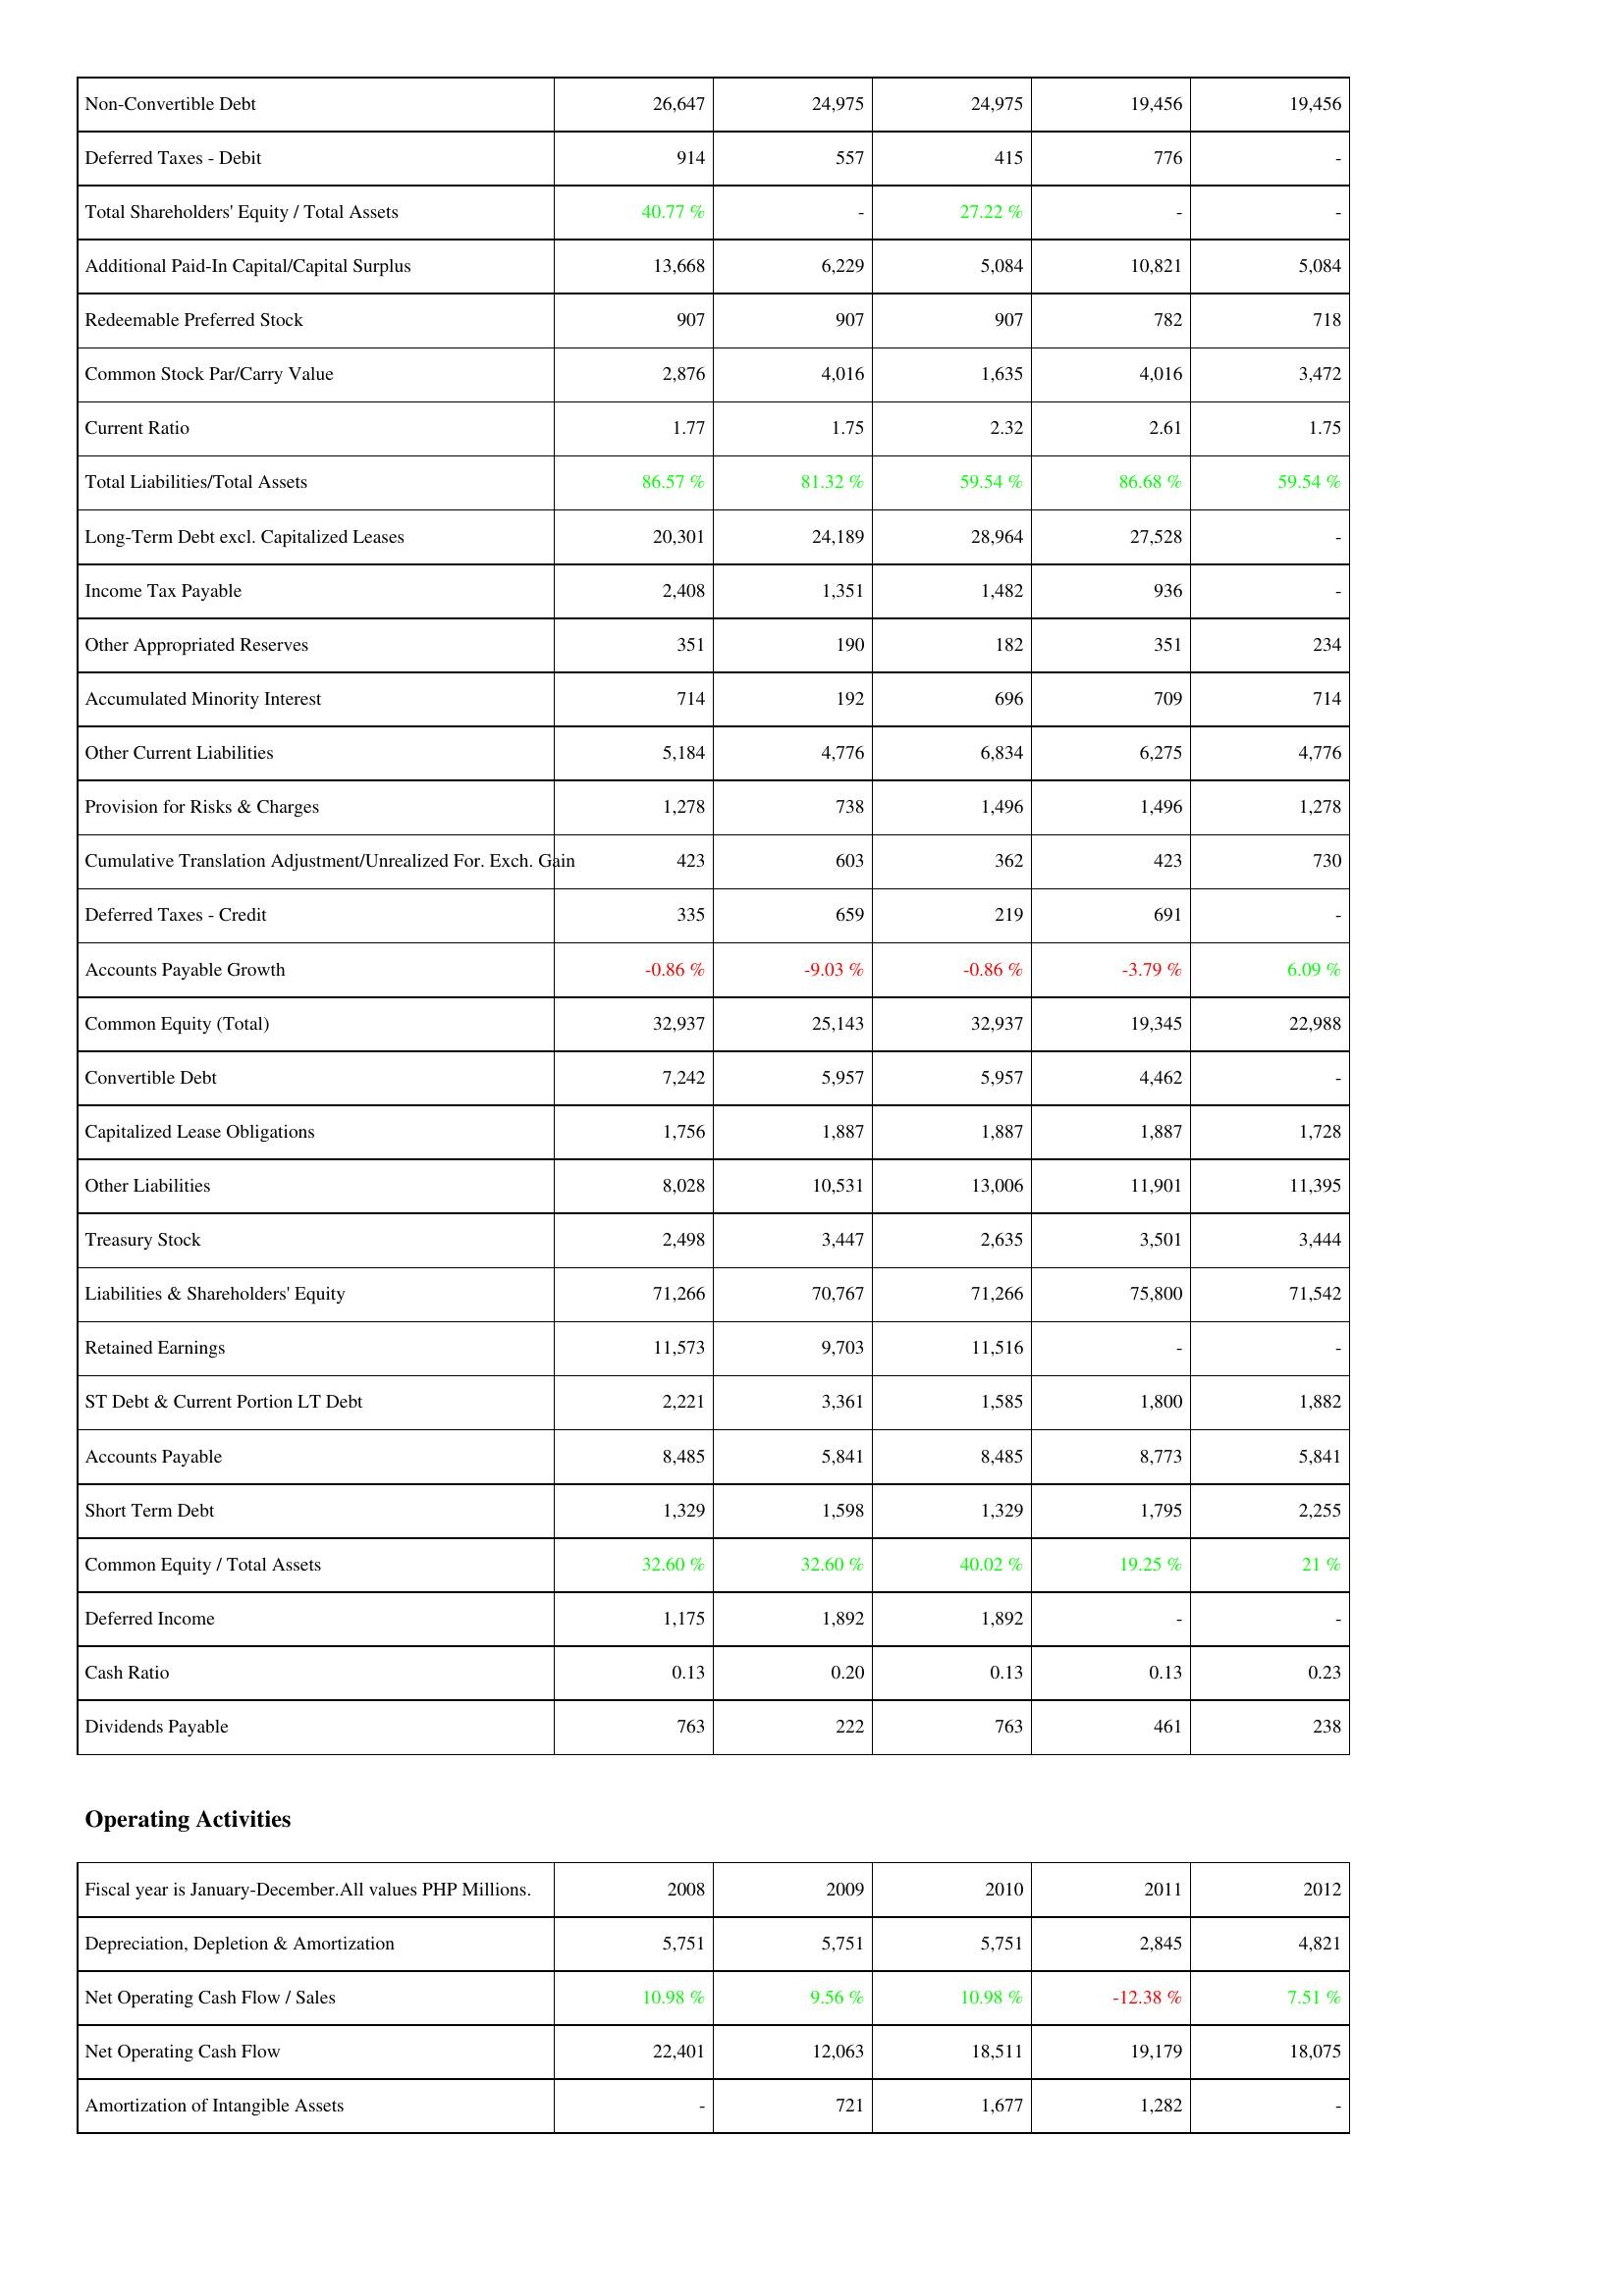
2008: Liabilities & Shareholders' Equity: Non-Convertible Debt: 26,647
Deferred Taxes - Debit: 914
Total Shareholders' Equity / Total Assets: 40.77 %
Additional Paid-In Capital/Capital Surplus: 13,668
Redeemable Preferred Stock: 907
Common Stock Par/Carry Value: 2,876
Current Ratio: 1.77
Total Liabilities/Total Assets: 86.57 %
Long-Term Debt excl. Capitalized Leases: 20,301
Income Tax Payable: 2,408
Other Appropriated Reserves: 351
Accumulated Minority Interest: 714
Other Current Liabilities: 5,184
Provision for Risks & Charges: 1,278
Cumulative Translation Adjustment/Unrealized For. Exch. Gain: 423
Deferred Taxes - Credit: 335
Accounts Payable Growth: -0.86 %
Common Equity (Total): 32,937
Convertible Debt: 7,242
Capitalized Lease Obligations: 1,756
Other Liabilities: 8,028
Treasury Stock: 2,498
Liabilities & Shareholders' Equity: 71,266
Retained Earnings: 11,573
ST Debt & Current Portion LT Debt: 2,221
Accounts Payable: 8,485
Short Term Debt: 1,329
Common Equity / Total Assets: 32.60 %
Deferred Income: 1,175
Cash Ratio: 0.13
Dividends Payable: 763
Operating Activities: Depreciation, Depletion & Amortization: 5,751
Net Operating Cash Flow / Sales: 10.98 %
Net Operating Cash Flow: 22,401
Amortization of Intangible Assets: -
2009: Liabilities & Shareholders' Equity: Non-Convertible Debt: 24,975
Deferred Taxes - Debit: 557
Total Shareholders' Equity / Total Assets: -
Additional Paid-In Capital/Capital Surplus: 6,229
Redeemable Preferred Stock: 907
Common Stock Par/Carry Value: 4,016
Current Ratio: 1.75
Total Liabilities/Total Assets: 81.32 %
Long-Term Debt excl. Capitalized Leases: 24,189
Income Tax Payable: 1,351
Other Appropriated Reserves: 190
Accumulated Minority Interest: 192
Other Current Liabilities: 4,776
Provision for Risks & Charges: 738
Cumulative Translation Adjustment/Unrealized For. Exch. Gain: 603
Deferred Taxes - Credit: 659
Accounts Payable Growth: -9.03 %
Common Equity (Total): 25,143
Convertible Debt: 5,957
Capitalized Lease Obligations: 1,887
Other Liabilities: 10,531
Treasury Stock: 3,447
Liabilities & Shareholders' Equity: 70,767
Retained Earnings: 9,703
ST Debt & Current Portion LT Debt: 3,361
Accounts Payable: 5,841
Short Term Debt: 1,598
Common Equity / Total Assets: 32.60 %
Deferred Income: 1,892
Cash Ratio: 0.20
Dividends Payable: 222
Operating Activities: Depreciation, Depletion & Amortization: 5,751
Net Operating Cash Flow / Sales: 9.56 %
Net Operating Cash Flow: 12,063
Amortization of Intangible Assets: 721
2010: Liabilities & Shareholders' Equity: Non-Convertible Debt: 24,975
Deferred Taxes - Debit: 415
Total Shareholders' Equity / Total Assets: 27.22 %
Additional Paid-In Capital/Capital Surplus: 5,084
Redeemable Preferred Stock: 907
Common Stock Par/Carry Value: 1,635
Current Ratio: 2.32
Total Liabilities/Total Assets: 59.54 %
Long-Term Debt excl. Capitalized Leases: 28,964
Income Tax Payable: 1,482
Other Appropriated Reserves: 182
Accumulated Minority Interest: 696
Other Current Liabilities: 6,834
Provision for Risks & Charges: 1,496
Cumulative Translation Adjustment/Unrealized For. Exch. Gain: 362
Deferred Taxes - Credit: 219
Accounts Payable Growth: -0.86 %
Common Equity (Total): 32,937
Convertible Debt: 5,957
Capitalized Lease Obligations: 1,887
Other Liabilities: 13,006
Treasury Stock: 2,635
Liabilities & Shareholders' Equity: 71,266
Retained Earnings: 11,516
ST Debt & Current Portion LT Debt: 1,585
Accounts Payable: 8,485
Short Term Debt: 1,329
Common Equity / Total Assets: 40.02 %
Deferred Income: 1,892
Cash Ratio: 0.13
Dividends Payable: 763
Operating Activities: Depreciation, Depletion & Amortization: 5,751
Net Operating Cash Flow / Sales: 10.98 %
Net Operating Cash Flow: 18,511
Amortization of Intangible Assets: 1,677
2011: Liabilities & Shareholders' Equity: Non-Convertible Debt: 19,456
Deferred Taxes - Debit: 776
Total Shareholders' Equity / Total Assets: -
Additional Paid-In Capital/Capital Surplus: 10,821
Redeemable Preferred Stock: 782
Common Stock Par/Carry Value: 4,016
Current Ratio: 2.61
Total Liabilities/Total Assets: 86.68 %
Long-Term Debt excl. Capitalized Leases: 27,528
Income Tax Payable: 936
Other Appropriated Reserves: 351
Accumulated Minority Interest: 709
Other Current Liabilities: 6,275
Provision for Risks & Charges: 1,496
Cumulative Translation Adjustment/Unrealized For. Exch. Gain: 423
Deferred Taxes - Credit: 691
Accounts Payable Growth: -3.79 %
Common Equity (Total): 19,345
Convertible Debt: 4,462
Capitalized Lease Obligations: 1,887
Other Liabilities: 11,901
Treasury Stock: 3,501
Liabilities & Shareholders' Equity: 75,800
Retained Earnings: -
ST Debt & Current Portion LT Debt: 1,800
Accounts Payable: 8,773
Short Term Debt: 1,795
Common Equity / Total Assets: 19.25 %
Deferred Income: -
Cash Ratio: 0.13
Dividends Payable: 461
Operating Activities: Depreciation, Depletion & Amortization: 2,845
Net Operating Cash Flow / Sales: -12.38 %
Net Operating Cash Flow: 19,179
Amortization of Intangible Assets: 1,282
2012: Liabilities & Shareholders' Equity: Non-Convertible Debt: 19,456
Deferred Taxes - Debit: -
Total Shareholders' Equity / Total Assets: -
Additional Paid-In Capital/Capital Surplus: 5,084
Redeemable Preferred Stock: 718
Common Stock Par/Carry Value: 3,472
Current Ratio: 1.75
Total Liabilities/Total Assets: 59.54 %
Long-Term Debt excl. Capitalized Leases: -
Income Tax Payable: -
Other Appropriated Reserves: 234
Accumulated Minority Interest: 714
Other Current Liabilities: 4,776
Provision for Risks & Charges: 1,278
Cumulative Translation Adjustment/Unrealized For. Exch. Gain: 730
Deferred Taxes - Credit: -
Accounts Payable Growth: 6.09 %
Common Equity (Total): 22,988
Convertible Debt: -
Capitalized Lease Obligations: 1,728
Other Liabilities: 11,395
Treasury Stock: 3,444
Liabilities & Shareholders' Equity: 71,542
Retained Earnings: -
ST Debt & Current Portion LT Debt: 1,882
Accounts Payable: 5,841
Short Term Debt: 2,255
Common Equity / Total Assets: 21 %
Deferred Income: -
Cash Ratio: 0.23
Dividends Payable: 238
Operating Activities: Depreciation, Depletion & Amortization: 4,821
Net Operating Cash Flow / Sales: 7.51 %
Net Operating Cash Flow: 18,075
Amortization of Intangible Assets: -